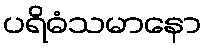
ပရိဓံသမာနော